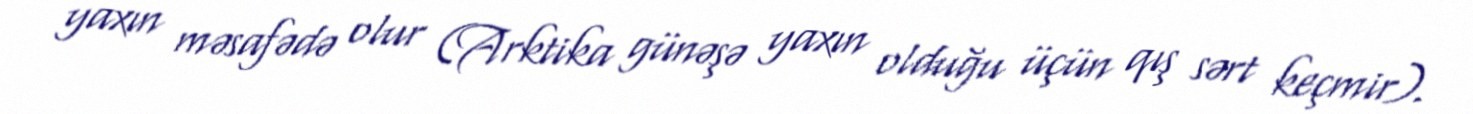
yaxın məsafədə olur (Arktika günəşə yaxın olduğu üçün qış sərt keçmir).